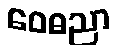
ဝေဓညာ